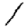
Digit: 1